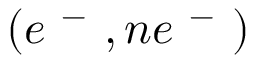
( e ^ { \mathrm { ~ - ~ } } , n e ^ { \mathrm { ~ - ~ } } )